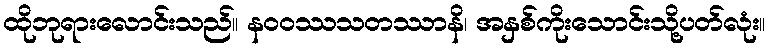
ထိုဘုရားလောင်းသည်။ နဝဝဿသတဿာနိ၊ အနှစ်ကိုးသောင်းသို့ပတ်လုံး။